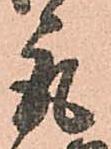
取